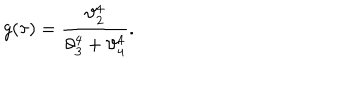
LaTeX: g ( \tau ) = \frac { \vartheta _ { 2 } ^ { 4 } } { \vartheta _ { 3 } ^ { 4 } + \vartheta _ { 4 } ^ { 4 } } .